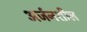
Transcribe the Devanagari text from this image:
अर्जनशील